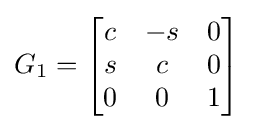
G_{1}={\begin{bmatrix}c&-s&0\\s&c&0\\0&0&1\\\end{bmatrix}}